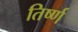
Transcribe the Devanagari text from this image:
तिर्ष्ण